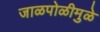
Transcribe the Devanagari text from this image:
जाळपोळीमुळे